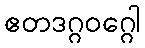
ဧတဒဂ္ဂဝဂ္ဂေါ